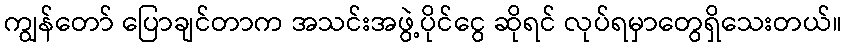
ကျွန်တော် ပြောချင်တာက အသင်းအဖွဲ့ပိုင်ငွေ ဆိုရင် လုပ်ရမှာတွေရှိသေးတယ်။